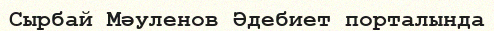
Сырбай Мәуленов Әдебиет порталында